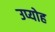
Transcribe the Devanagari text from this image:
उप्योह